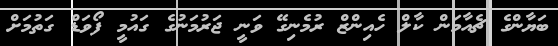
ބަޔާންގެ ޗެއާމަން ކާލް ހެއިންޒް ރުމެނިގޭ ވަނީ ޖަރުމަނުގެ ގައުމީ ފޯވަޑް ގަތުމަށް